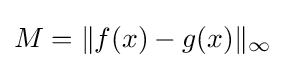
M=\|f(x)-g(x)\|_{\infty }